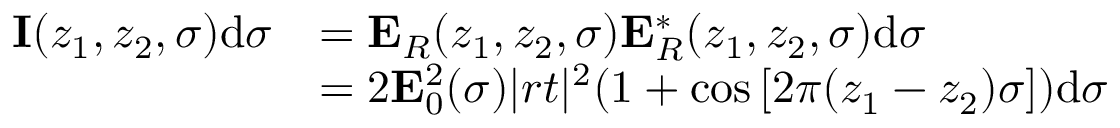
\begin{array} { r l } { \mathbf { I } ( z _ { 1 } , z _ { 2 } , \sigma ) \mathrm { d } \sigma } & { = \mathbf { E } _ { R } ( z _ { 1 } , z _ { 2 } , \sigma ) \mathbf { E } _ { R } ^ { * } ( z _ { 1 } , z _ { 2 } , \sigma ) \mathrm { d } \sigma } \\ & { = 2 \mathbf { E } _ { 0 } ^ { 2 } ( \sigma ) | r t | ^ { 2 } ( 1 + \cos { [ 2 \pi ( z _ { 1 } - z _ { 2 } ) \sigma ] ) } \mathrm { d } \sigma } \end{array}